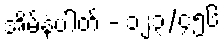
အိမ်နံပါတ် - ၁၂၃/၄၅၆